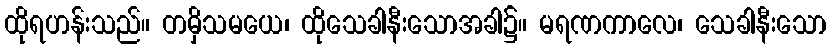
ထိုရဟန်းသည်။ တမှိသမယေ၊ ထိုသေခါနီးသောအခါ၌။ မရဏကာလေ၊ သေခါနီးသော